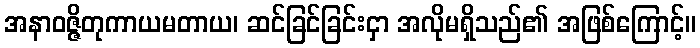
အနာဝဇ္ဇိတုကာယမတာယ၊ ဆင်ခြင်ခြင်းငှာ အလိုမရှိသည်၏ အဖြစ်ကြောင့်။